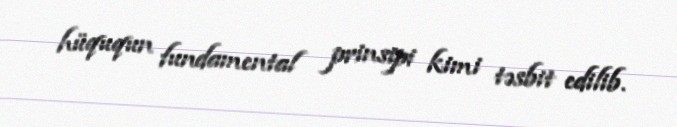
hüququn fundamental prinsipi kimi təsbit edilib.